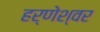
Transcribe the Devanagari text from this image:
हर्णेश्वर